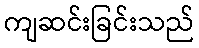
ကျဆင်းခြင်းသည်